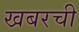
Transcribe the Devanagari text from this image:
खबरची